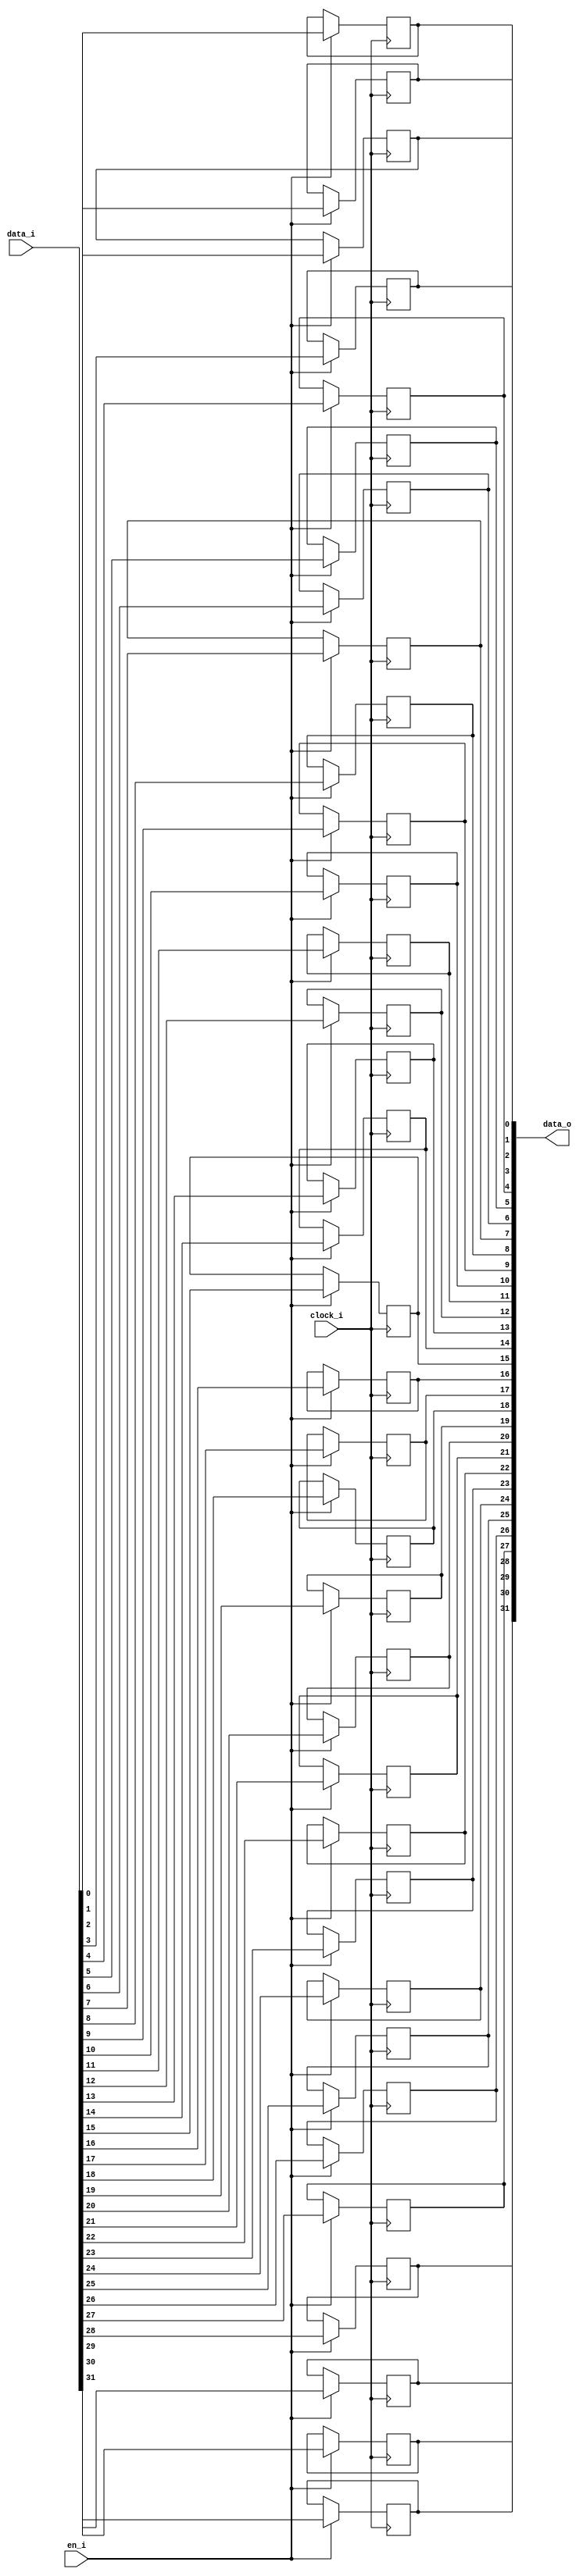
// This program was cloned from: https://github.com/NYU-MLDA/OpenABC
// License: BSD 3-Clause "New" or "Revised" License

module bsg_dff_en_width_p32
(
  clock_i,
  data_i,
  en_i,
  data_o
);

  input [31:0] data_i;
  output [31:0] data_o;
  input clock_i;
  input en_i;
  reg [31:0] data_o;

  always @(posedge clock_i) begin
    if(en_i) begin
      data_o[31] <= data_i[31];
    end 
  end


  always @(posedge clock_i) begin
    if(en_i) begin
      data_o[30] <= data_i[30];
    end 
  end


  always @(posedge clock_i) begin
    if(en_i) begin
      data_o[29] <= data_i[29];
    end 
  end


  always @(posedge clock_i) begin
    if(en_i) begin
      data_o[28] <= data_i[28];
    end 
  end


  always @(posedge clock_i) begin
    if(en_i) begin
      data_o[27] <= data_i[27];
    end 
  end


  always @(posedge clock_i) begin
    if(en_i) begin
      data_o[26] <= data_i[26];
    end 
  end


  always @(posedge clock_i) begin
    if(en_i) begin
      data_o[25] <= data_i[25];
    end 
  end


  always @(posedge clock_i) begin
    if(en_i) begin
      data_o[24] <= data_i[24];
    end 
  end


  always @(posedge clock_i) begin
    if(en_i) begin
      data_o[23] <= data_i[23];
    end 
  end


  always @(posedge clock_i) begin
    if(en_i) begin
      data_o[22] <= data_i[22];
    end 
  end


  always @(posedge clock_i) begin
    if(en_i) begin
      data_o[21] <= data_i[21];
    end 
  end


  always @(posedge clock_i) begin
    if(en_i) begin
      data_o[20] <= data_i[20];
    end 
  end


  always @(posedge clock_i) begin
    if(en_i) begin
      data_o[19] <= data_i[19];
    end 
  end


  always @(posedge clock_i) begin
    if(en_i) begin
      data_o[18] <= data_i[18];
    end 
  end


  always @(posedge clock_i) begin
    if(en_i) begin
      data_o[17] <= data_i[17];
    end 
  end


  always @(posedge clock_i) begin
    if(en_i) begin
      data_o[16] <= data_i[16];
    end 
  end


  always @(posedge clock_i) begin
    if(en_i) begin
      data_o[15] <= data_i[15];
    end 
  end


  always @(posedge clock_i) begin
    if(en_i) begin
      data_o[14] <= data_i[14];
    end 
  end


  always @(posedge clock_i) begin
    if(en_i) begin
      data_o[13] <= data_i[13];
    end 
  end


  always @(posedge clock_i) begin
    if(en_i) begin
      data_o[12] <= data_i[12];
    end 
  end


  always @(posedge clock_i) begin
    if(en_i) begin
      data_o[11] <= data_i[11];
    end 
  end


  always @(posedge clock_i) begin
    if(en_i) begin
      data_o[10] <= data_i[10];
    end 
  end


  always @(posedge clock_i) begin
    if(en_i) begin
      data_o[9] <= data_i[9];
    end 
  end


  always @(posedge clock_i) begin
    if(en_i) begin
      data_o[8] <= data_i[8];
    end 
  end


  always @(posedge clock_i) begin
    if(en_i) begin
      data_o[7] <= data_i[7];
    end 
  end


  always @(posedge clock_i) begin
    if(en_i) begin
      data_o[6] <= data_i[6];
    end 
  end


  always @(posedge clock_i) begin
    if(en_i) begin
      data_o[5] <= data_i[5];
    end 
  end


  always @(posedge clock_i) begin
    if(en_i) begin
      data_o[4] <= data_i[4];
    end 
  end


  always @(posedge clock_i) begin
    if(en_i) begin
      data_o[3] <= data_i[3];
    end 
  end


  always @(posedge clock_i) begin
    if(en_i) begin
      data_o[2] <= data_i[2];
    end 
  end


  always @(posedge clock_i) begin
    if(en_i) begin
      data_o[1] <= data_i[1];
    end 
  end


  always @(posedge clock_i) begin
    if(en_i) begin
      data_o[0] <= data_i[0];
    end 
  end


endmodule